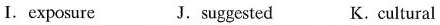
I. exposure J.suggested K.cultural